Vaccination in Bombay 1874-1876 - 1874-1876
Year: 1874
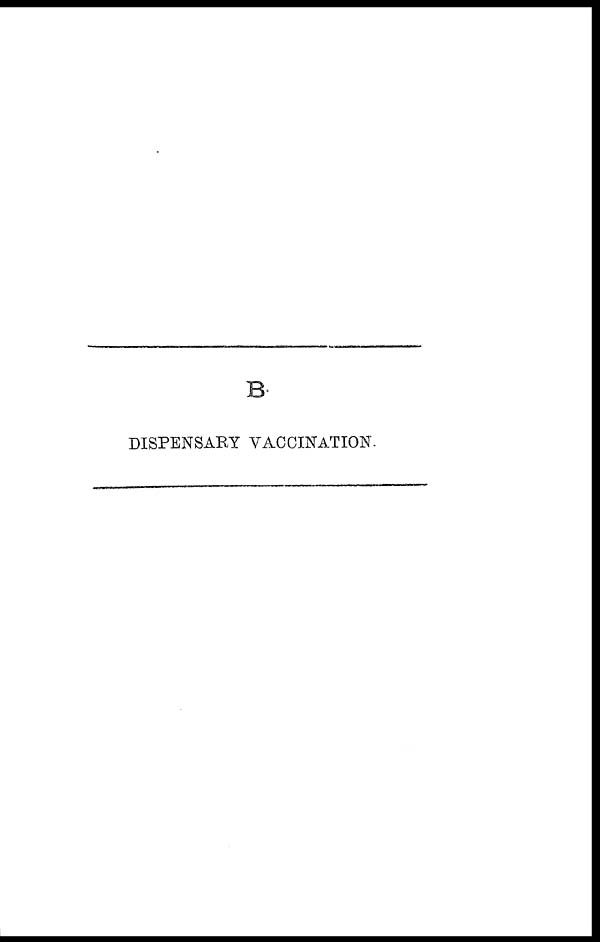
B.
DISPENSARY VACCINATION.